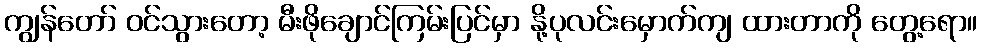
ကျွန်တော် ဝင်သွားတော့ မီးဖိုချောင်ကြမ်းပြင်မှာ နို့ပုလင်းမှောက်ကျ ထားတာကို တွေ့ရော။